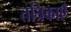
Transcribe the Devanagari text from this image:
तत्रिकाएँ